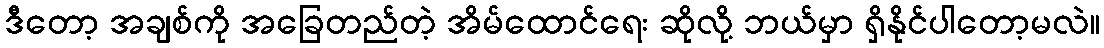
ဒီတော့ အချစ်ကို အခြေတည်တဲ့ အိမ်ထောင်ရေး ဆိုလို့ ဘယ်မှာ ရှိနိုင်ပါတော့မလဲ။